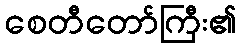
စေတီတော်ကြီး၏